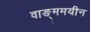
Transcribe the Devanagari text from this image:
वाङ्ममयीन